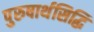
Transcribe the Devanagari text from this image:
पुरुषार्थसिद्धि